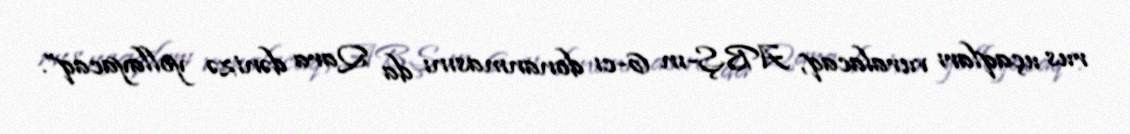
rus uçaqları vuralacaq, ABŞ-ın 6-cı donanmasını da Qara dənizə yollayacaq”.